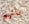
بانهم